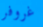
غروفر